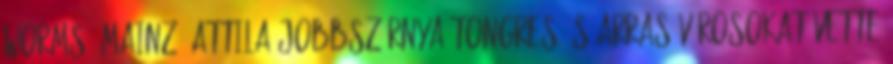
Worms, Mainz. Attila jobbszárnya Tongres és Arras városokat vette